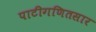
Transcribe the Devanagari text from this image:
पाटीगणितसार